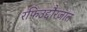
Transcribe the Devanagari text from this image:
रफिउद्दौरजात